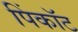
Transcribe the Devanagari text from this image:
पिंकॉट